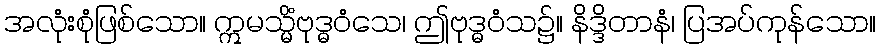
အလုံးစုံဖြစ်သော။ ဣမသ္မိံဗုဒ္ဓဝံသေ၊ ဤဗုဒ္ဓဝံသ၌။ နိဒ္ဒိတာနံ၊ ပြအပ်ကုန်သော။